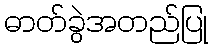
ဓာတ်ခွဲအတည်ပြု